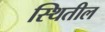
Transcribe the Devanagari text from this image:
स्थितील